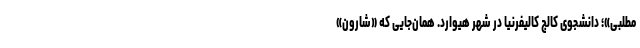
مطلبی»؛ دانشجوی کالج کالیفرنیا در شهر هیوارد. همان‌جایی که «شارون»